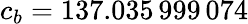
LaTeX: c_{b}=137.035\, 999\, 074